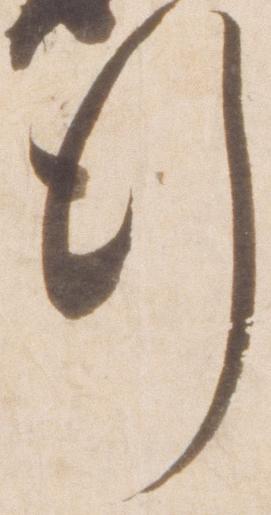
行